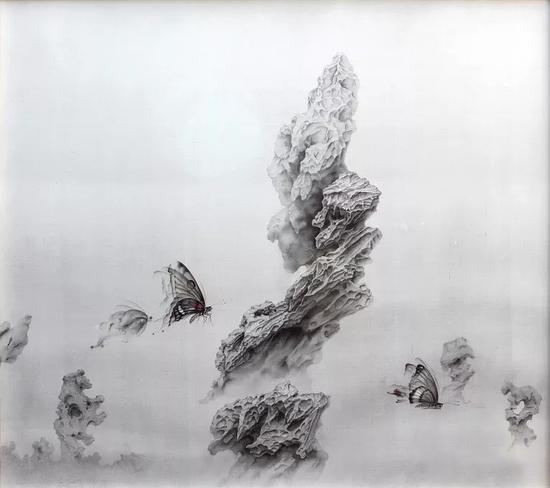
故时年岁善，则民仁且良时年岁凶，则民吝且恶。